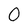
Character: O